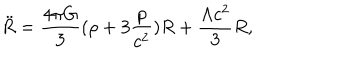
{ \ddot { R } } = \frac { 4 \pi G } { 3 } ( \rho + 3 \frac { p } { c ^ { 2 } } ) R + \frac { \Lambda c ^ { 2 } } { 3 } R ,